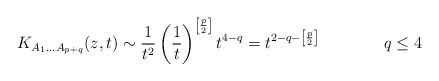
\begin{align*}K_{A_1 \ldots A_{p+q}}(z,t)\sim \frac{1}{t^2}\left(\frac{1}{t}\right)^{\left[\frac{p}{2}\right]}t^{4-q} =t^{2-q-\left[\frac{p}{2}\right]}\qquad \qquad q\leq4\end{align*}